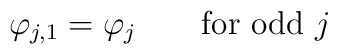
\varphi_{j,1}=\varphi_{j}\qquad\mbox{for odd $j$}